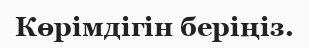
Көрімдігін беріңіз.